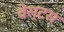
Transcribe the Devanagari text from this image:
वेस्टस